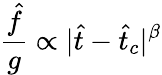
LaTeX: \frac{\hat{f}}{g}\propto|\hat{t}-\hat{t}_{c}|^{\beta}